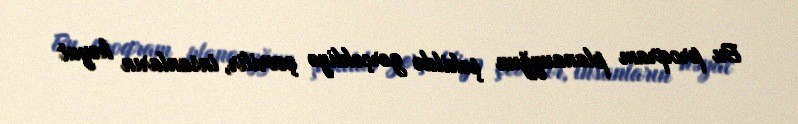
Bu proqram planauyğun şəkildə gerçəkliyə çevrilir, insanların həyat